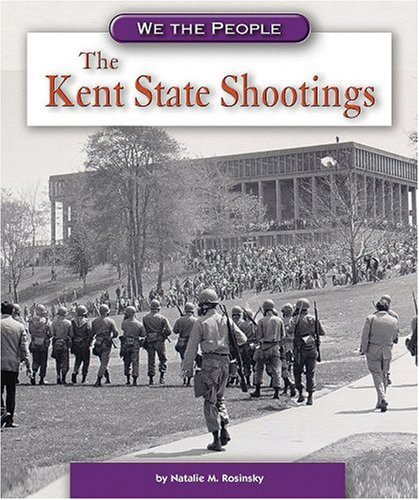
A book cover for The Kent State Shootings (We the People: Modern America); Natalie M. Rosinsky; Children's Books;